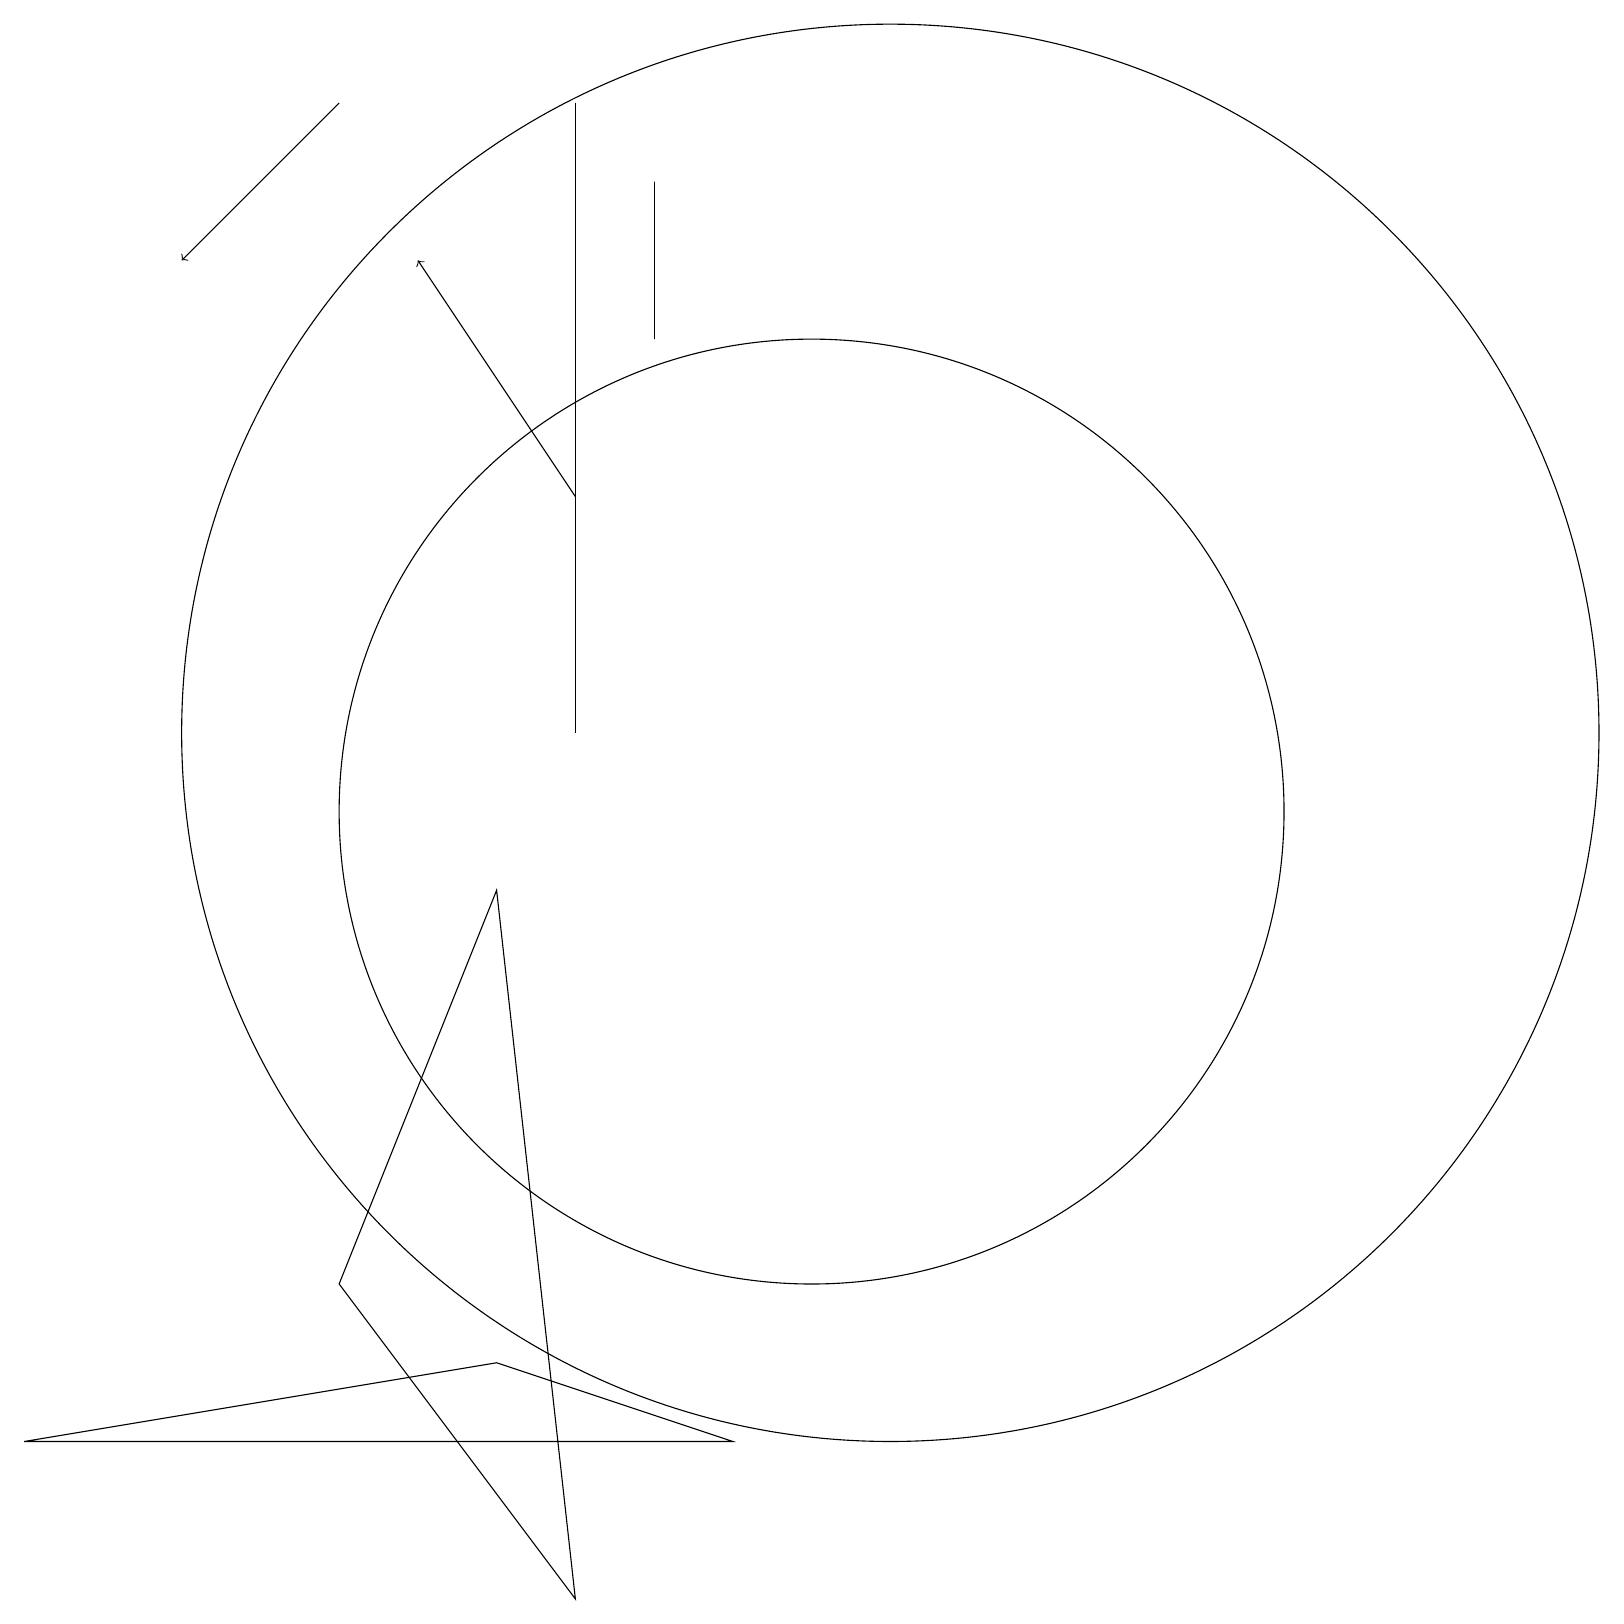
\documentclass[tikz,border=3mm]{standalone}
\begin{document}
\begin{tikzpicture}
\draw (0,2) -- (9,2) -- (6,3) -- cycle;
\draw (4,4) -- (6,9) -- (7,0) -- cycle;
\draw[->] (4,19) -- (2,17);
\draw (7,19) rectangle (7,11);
\draw[->] (7,14) -- (5,17);
\draw (10,10) circle (6);
\draw (11,11) circle (9);
\draw (8,16) rectangle (8,18);
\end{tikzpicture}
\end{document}